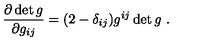
\frac { \partial \det g } { \partial g _ { i j } } = ( 2 - \delta _ { i j } ) g ^ { i j } \det g \ .